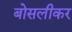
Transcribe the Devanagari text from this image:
बोसलीकर